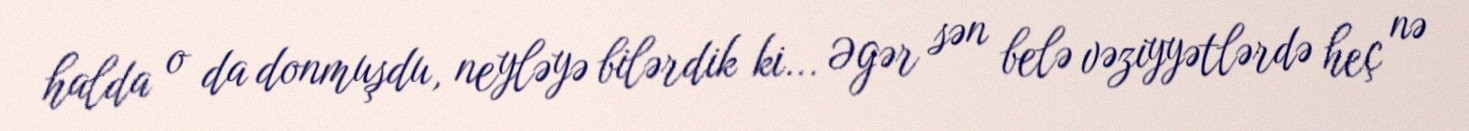
halda o da donmuşdu, neyləyə bilərdik ki... Əgər sən belə vəziyyətlərdə heç nə